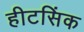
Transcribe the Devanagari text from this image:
हीटसिंक